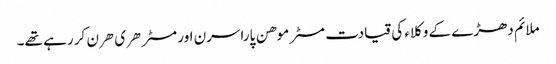
ملائم دھڑے کے وکلاء کی قیادت مسٹر موهن پاراسرن اور مسٹر هری هرن کر رہے تھے۔